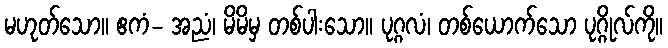
မဟုတ်သော။ ဧကံ- အညံ၊ မိမိမှ တစ်ပါးသော။ ပုဂ္ဂလံ၊ တစ်ယောက်သော ပုဂ္ဂိုလ်ကို။